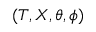
( T , X , \theta , \phi )